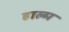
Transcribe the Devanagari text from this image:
हाल्म